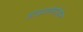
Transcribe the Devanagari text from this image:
डाइजोमोथेन